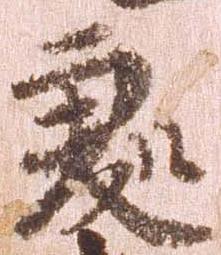
処